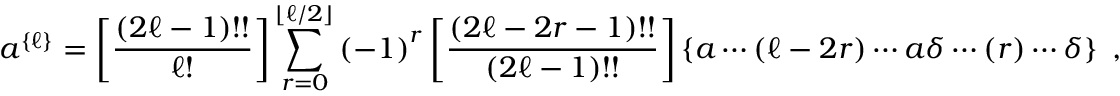
a ^ { \left\{ \ell \right\} } = \left[ \frac { \left( 2 \ell - 1 \right) ! ! } { \ell ! } \right] \sum _ { r = 0 } ^ { \lfloor \ell / 2 \rfloor } \left( - 1 \right) ^ { r } \left[ \frac { \left( 2 \ell - 2 r - 1 \right) ! ! } { \left( 2 \ell - 1 \right) ! ! } \right] \left\{ a \cdots \left( \ell - 2 r \right) \cdots a \delta \cdots \left( r \right) \cdots \delta \right\} \ ,